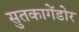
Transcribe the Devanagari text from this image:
सुतकागेंडोर